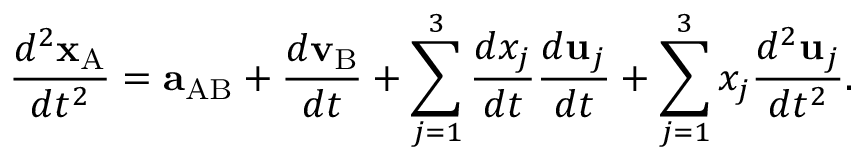
{ \frac { d ^ { 2 } \mathbf { x } _ { \mathrm { A } } } { d t ^ { 2 } } } = \mathbf { a } _ { \mathrm { A B } } + { \frac { d \mathbf { v } _ { \mathrm { B } } } { d t } } + \sum _ { j = 1 } ^ { 3 } { \frac { d x _ { j } } { d t } } { \frac { d \mathbf { u } _ { j } } { d t } } + \sum _ { j = 1 } ^ { 3 } x _ { j } { \frac { d ^ { 2 } \mathbf { u } _ { j } } { d t ^ { 2 } } } .